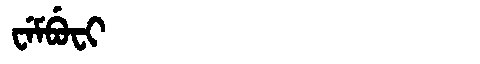
Manchu: ᠸᡝᠮᠪᡠᠸᡳ
Romanization: WEMBUFI